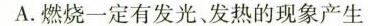
A.燃烧一定有发光、发热的现象产生